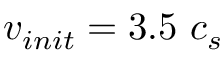
v _ { i n i t } = 3 . 5 ~ c _ { s }